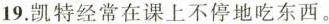
19.凯特经常在课上不停地吃东西。